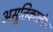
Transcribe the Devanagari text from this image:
असूतिकालीन